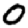
Digit: 0